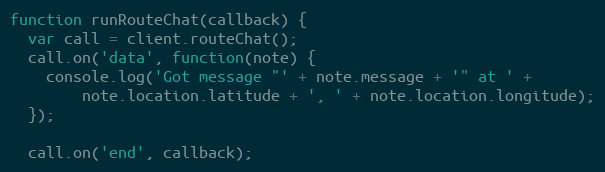
Language: JavaScript
function runRouteChat(callback) {
  var call = client.routeChat();
  call.on('data', function(note) {
    console.log('Got message "' + note.message + '" at ' +
        note.location.latitude + ', ' + note.location.longitude);
  });

  call.on('end', callback);